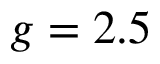
g = 2 . 5